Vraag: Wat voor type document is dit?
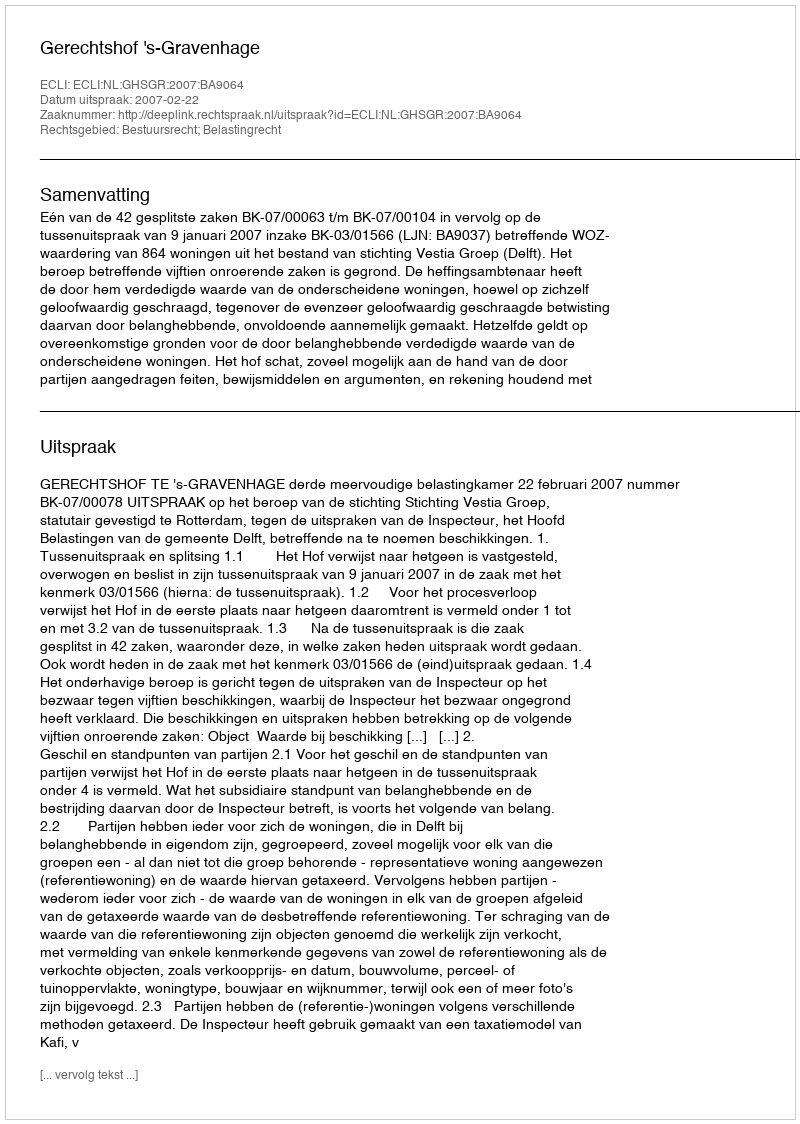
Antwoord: Uitspraak